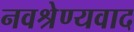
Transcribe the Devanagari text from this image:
नवश्रेण्यवाद